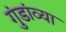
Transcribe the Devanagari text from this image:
गुंडांव्या